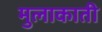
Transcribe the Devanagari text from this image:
मुलाकाती